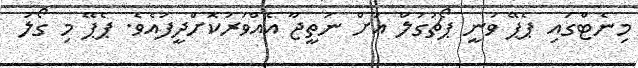
މިނެޓްގައި ޕެޕޭ ވަނީ ޕޯޗުގަލް އަށް ނަތީޖާ އެއްވަރުކޮށްދީފައެވެ. ޕެޕޭ މި ގޯލު